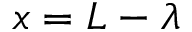
x = L - \lambda